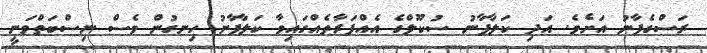
ރަސްގެފާނު އަށެވެ. އަދި ކަލާފާނު ސުކޫލްގެ އެއްފަރާތެއްގައިވާ ކަލާފާނު ހިނގުން ވެސް ނިސްބަތްވަނީ